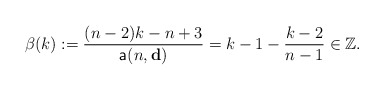
\begin{align*}\beta(k):=\frac{(n-2)k-n+3}{\mathsf{a}(n,\mathbf{d})}=k-1-\frac{k-2}{n-1}\in \mathbb{Z}.\end{align*}